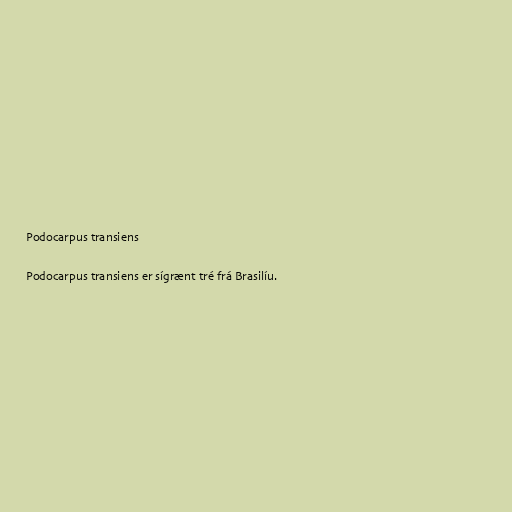
Podocarpus transiens

Podocarpus transiens er sígrænt tré frá Brasilíu.